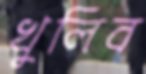
খুলিব